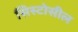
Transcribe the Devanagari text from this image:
सिस्टोसील